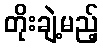
တိုးချဲ့မည့်